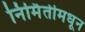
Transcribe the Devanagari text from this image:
निर्मितीमधून